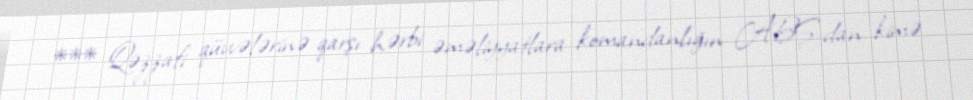
*** Qəzzafi qüvvələrinə qarşı hərbi əməliyyatlara komandanlığın ABŞ-dan kimə